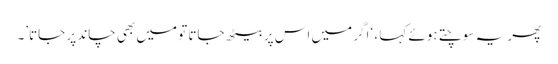
پھر یہ سوچتے ہوئے کہا ، ‘اگر میں اس پر بیٹھ جاتا تو میں بھی چاند پر جاتا’۔